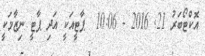
އޮކްޓޯބަރު 21